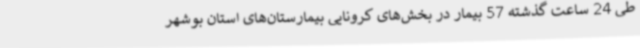
طی 24 ساعت گذشته 57 بیمار در بخش‌های کرونایی بیمارستان‌های استان بوشهر